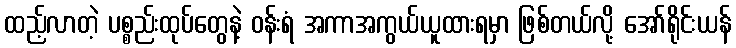
ထည့်လာတဲ့ ပစ္စည်းထုပ်တွေနဲ့ ဝန်းရံ အကာအကွယ်ယူထားရမှာ ဖြစ်တယ်လို့ အော်ရိုင်းယန်